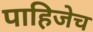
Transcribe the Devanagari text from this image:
पाहिजेच